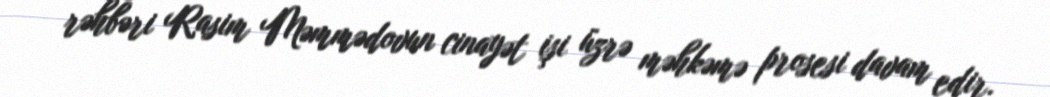
rəhbəri Rasim Məmmədovun cinayət işi üzrə məhkəmə prosesi davam edir.